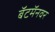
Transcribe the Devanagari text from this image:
बॅटमॅनवर